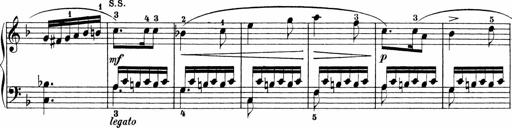
Title: Sonatinen Op.47, 98 und 136, nebst 6 Liedersonatinen
Composer: Carl Reinecke